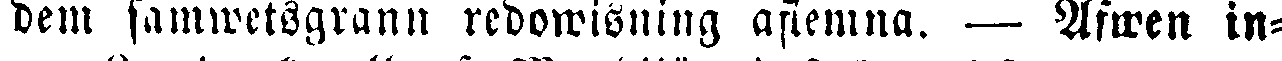
dem samwetsgrann redowisning aflemna. — Äfwen in-